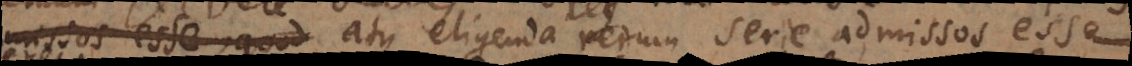
posita optima atque eligenda rerum serie admissos esse,